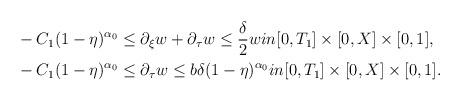
LaTeX: \begin{align*} & -C_1(1-\eta)^{\alpha_0}\leq \partial_\xi w+\partial_\tau w\leq \frac{\delta}{2}win [0,T_1]\times[0,X]\times[0,1] ,\\ & -C_1(1-\eta)^{\alpha_0}\leq\partial_\tau w \leq b\delta(1-\eta)^{\alpha_0}in [0,T_1]\times[0,X]\times[0,1]. \end{align*}